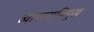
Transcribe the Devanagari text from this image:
व्यापाराभिमुख